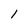
Character: l